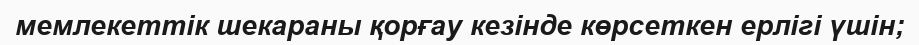
мемлекеттік шекараны қорғау кезінде көрсеткен ерлігі үшін;